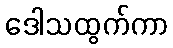
ဒေါသထွက်ကာ